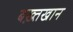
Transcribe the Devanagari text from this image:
बख़्तखान